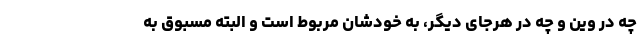
چه در وین و چه در هرجای دیگر، به خودشان مربوط است و البته مسبوق به